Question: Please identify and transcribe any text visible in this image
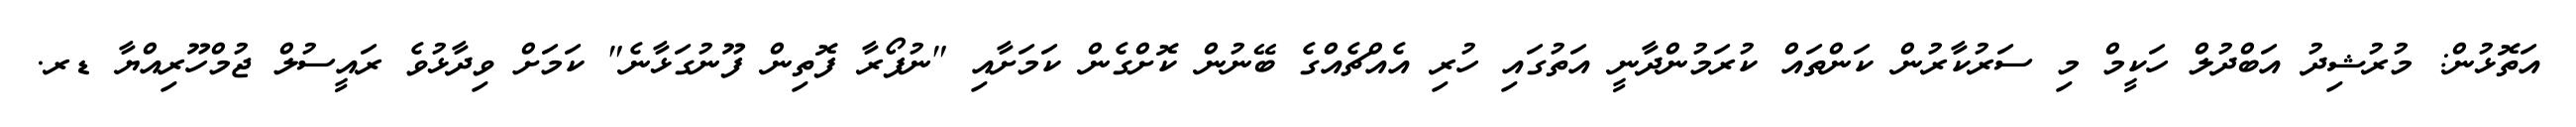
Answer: އަތޮޅުން: މުރުޝިދު އަބްދުލް ހަކީމް މި ސަރުކާރުން ކަންތައް ކުރަމުންދާނީ އަތުގައި ހުރި އެއްޗެއްގެ ބޭނުން ކޮށްގެން ކަމަށާއި "ނުފޯރާ ފޮތިން ފޫނުގަޅާނެ" ކަމަށް ވިދާޅުވެ ރައީސުލް ޖުމްހޫރިއްޔާ ޑރ.